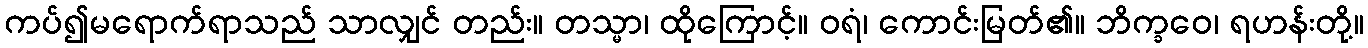
ကပ်၍မရောက်ရာသည် သာလျှင် တည်း။ တသ္မာ၊ ထိုကြောင့်။ ဝရံ၊ ကောင်းမြတ်၏။ ဘိက္ခဝေ၊ ရဟန်းတို့။